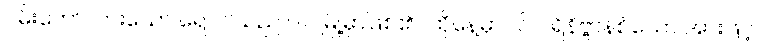
ဝမ်းတော်လားသော ရောဂါသည် ပါဝါမြို့မှာဖြစ်၏။ ထိုနေ့မှာပင် ပရိနိဗ္ဗာန်စံသော အားဖြင့်